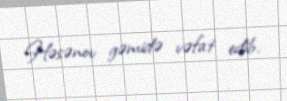
Həsənov gəmidə vəfat edib.